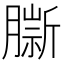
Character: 𦠔